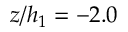
z / h _ { 1 } = - 2 . 0